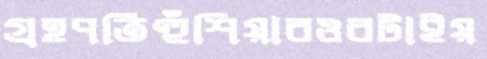
গ্রহপতিহুঁশিয়ারওরটাইয়